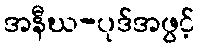
အနီဃ-ပုဒ်အဖွင့်